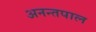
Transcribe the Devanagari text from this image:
अनन्तपाल